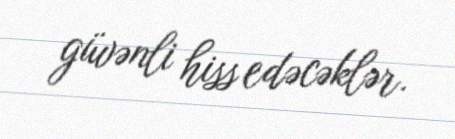
güvənli hiss edəcəklər.